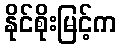
နိုင်စိုးမြင့်က